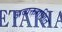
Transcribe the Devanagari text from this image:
अव्यक्तगणित